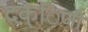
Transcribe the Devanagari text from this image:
दक्िणी